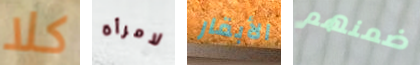
كلا لامرأة الأبقار ضمنهم